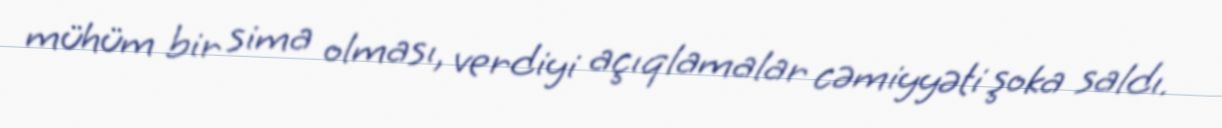
mühüm bir sima olması, verdiyi açıqlamalar cəmiyyəti şoka saldı.